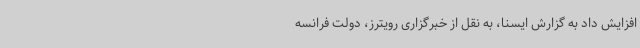
افزایش داد به گزارش ایسنا، به نقل از خبرگزاری رویترز، دولت فرانسه